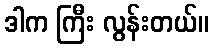
ဒါက ကြီး လွန်းတယ်။